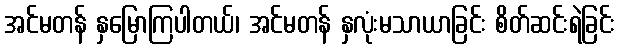
အင်မတန် နှမြောကြပါတယ်၊ အင်မတန် နှလုံးမသာယာခြင်း စိတ်ဆင်းရဲခြင်း